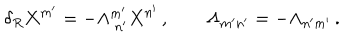
\delta _ { R } X ^ { m ^ { \prime } } = - \Lambda _ { \ n ^ { \prime } } ^ { m ^ { \prime } } X ^ { n ^ { \prime } } \, , \qquad \Lambda _ { m ^ { \prime } n ^ { \prime } } = - \Lambda _ { n ^ { \prime } m ^ { \prime } } \, .